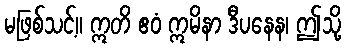
မဖြစ်သင့်။ ဣတိ ဧဝံ ဣမိနာ ဒီပနေန၊ ဤသို့